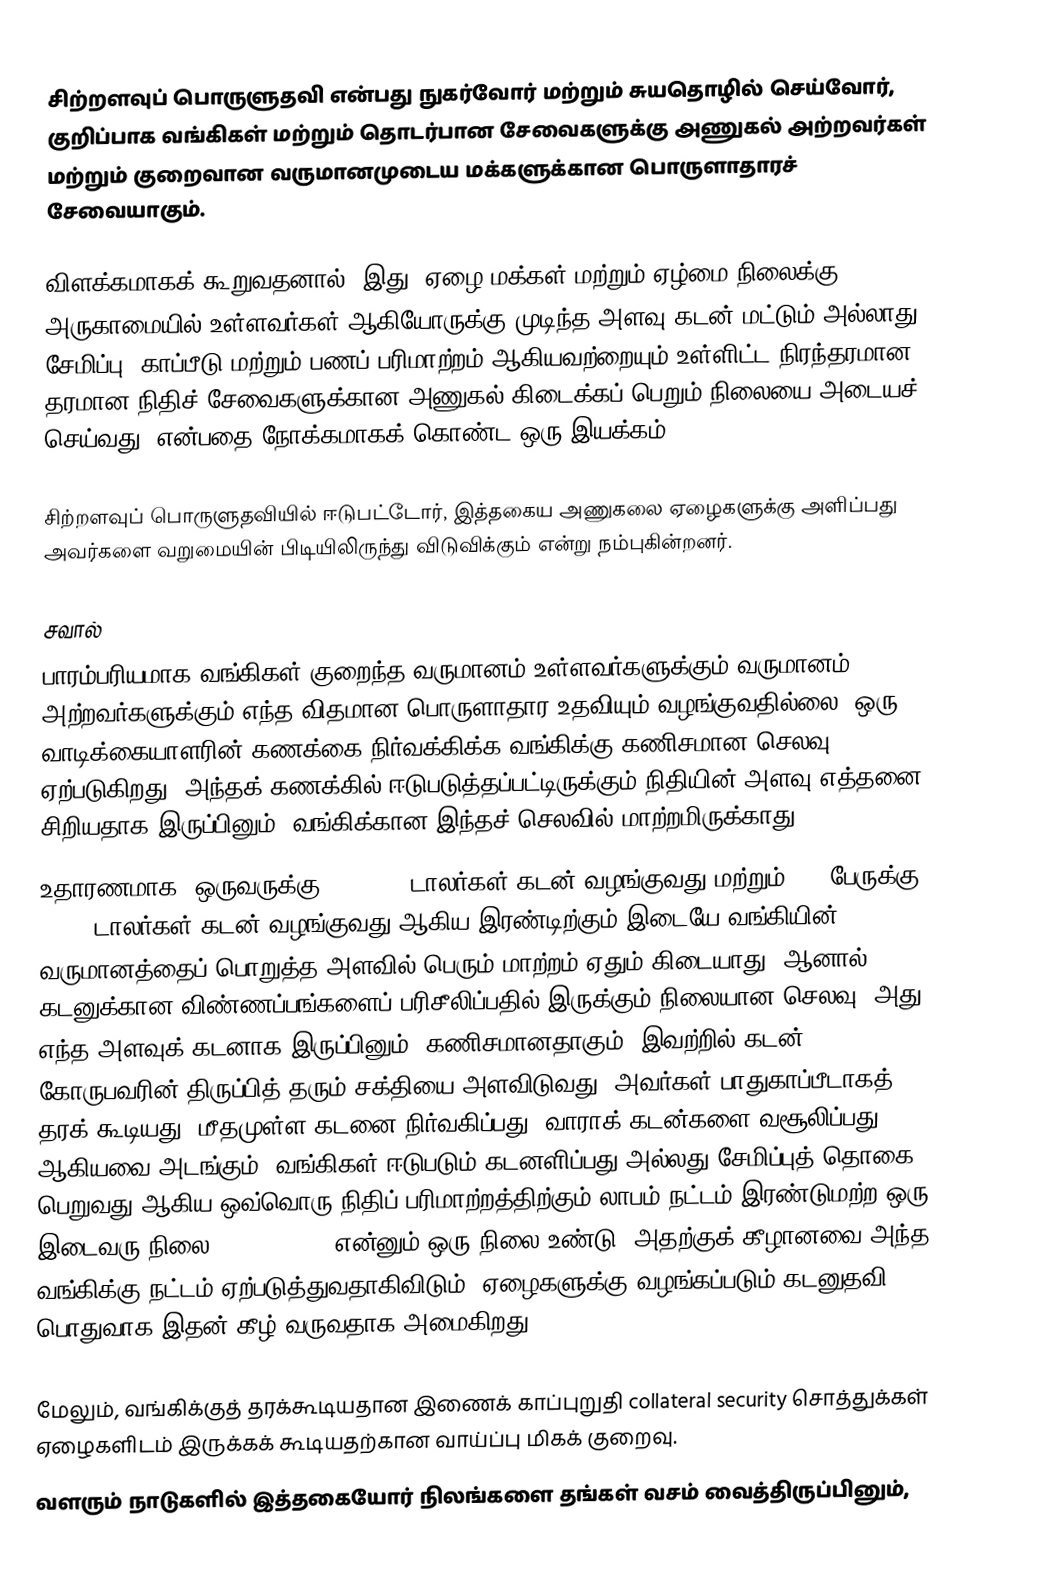
சிற்றளவுப் பொருளுதவி என்பது நுகர்வோர் மற்றும் சுயதொழில் செய்வோர், குறிப்பாக வங்கிகள் மற்றும் தொடர்பான சேவைகளுக்கு அணுகல் அற்றவர்கள் மற்றும் குறைவான வருமானமுடைய மக்களுக்கான பொருளாதாரச் சேவையாகும்.

விளக்கமாகக் கூறுவதனால், இது,“ஏழை மக்கள் மற்றும் ஏழ்மை நிலைக்கு அருகாமையில் உள்ளவர்கள் ஆகியோருக்கு முடிந்த அளவு கடன் மட்டும் அல்லாது சேமிப்பு, காப்பீடு மற்றும் பணப் பரிமாற்றம் ஆகியவற்றையும் உள்ளிட்ட நிரந்தரமான, தரமான நிதிச் சேவைகளுக்கான அணுகல் கிடைக்கப் பெறும் நிலையை அடையச் செய்வது" என்பதை நோக்கமாகக் கொண்ட ஒரு இயக்கம்.

சிற்றளவுப் பொருளுதவியில் ஈடுபட்டோர், இத்தகைய அணுகலை ஏழைகளுக்கு அளிப்பது அவர்களை வறுமையின் பிடியிலிருந்து விடுவிக்கும் என்று நம்புகின்றனர்.

சவால்
பாரம்பரியமாக,வங்கிகள் குறைந்த வருமானம் உள்ளவர்களுக்கும் வருமானம் அற்றவர்களுக்கும் எந்த விதமான பொருளாதார உதவியும் வழங்குவதில்லை. ஒரு வாடிக்கையாளரின் கணக்கை நிர்வக்கிக்க வங்கிக்கு கணிசமான செலவு ஏற்படுகிறது, அந்தக் கணக்கில் ஈடுபடுத்தப்பட்டிருக்கும் நிதியின் அளவு எத்தனை சிறியதாக இருப்பினும், வங்கிக்கான இந்தச் செலவில் மாற்றமிருக்காது.
உதாரணமாக, ஒருவருக்கு $100,000 டாலர்கள் கடன் வழங்குவது மற்றும் 100 பேருக்கு $1000 டாலர்கள் கடன் வழங்குவது ஆகிய இரண்டிற்கும் இடையே வங்கியின் வருமானத்தைப் பொறுத்த அளவில் பெரும் மாற்றம் ஏதும் கிடையாது.  ஆனால், கடனுக்கான விண்ணப்பங்களைப் பரிசீலிப்பதில் இருக்கும் நிலையான செலவு -அது எந்த அளவுக் கடனாக இருப்பினும்- கணிசமானதாகும். இவற்றில் கடன் கோருபவரின் திருப்பித் தரும் சக்தியை அளவிடுவது, அவர்கள் பாதுகாப்பீடாகத் தரக் கூடியது, மீதமுள்ள கடனை நிர்வகிப்பது, வாராக் கடன்களை வசூலிப்பது ஆகியவை அடங்கும். வங்கிகள் ஈடுபடும் கடனளிப்பது அல்லது சேமிப்புத் தொகை பெறுவது ஆகிய ஒவ்வொரு நிதிப் பரிமாற்றத்திற்கும் லாபம்-நட்டம் இரண்டுமற்ற ஒரு இடைவரு நிலை (break-even) என்னும் ஒரு நிலை உண்டு. அதற்குக் கீழானவை அந்த வங்கிக்கு நட்டம் ஏற்படுத்துவதாகிவிடும்.  ஏழைகளுக்கு வழங்கப்படும் கடனுதவி பொதுவாக இதன் கீழ் வருவதாக அமைகிறது.

மேலும், வங்கிக்குத் தரக்கூடியதான இணைக் காப்புறுதி collateral security சொத்துக்கள் ஏழைகளிடம் இருக்கக் கூடியதற்கான வாய்ப்பு மிகக் குறைவு.
வளரும் நாடுகளில் இத்தகையோர் நிலங்களை தங்கள் வசம் வைத்திருப்பினும்,